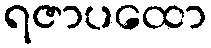
ရဇာပထော